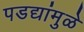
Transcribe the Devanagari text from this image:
पडद्यांमुळे